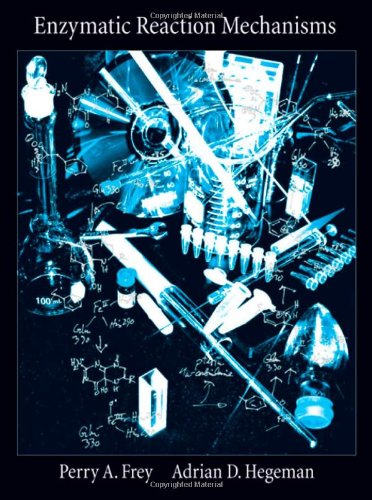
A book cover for Enzymatic Reaction Mechanisms; Perry A. Frey; Medical Books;